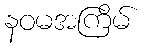
နဝမအကြိမ်